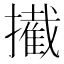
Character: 擮